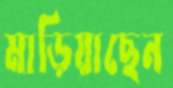
মাড়িয়াছেন